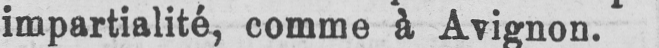
impartialité, comme à Avignon.